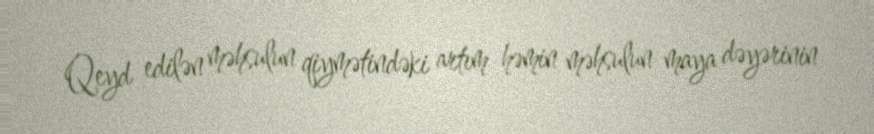
Qeyd edilən məhsulun qiymətindəki artım həmin məhsulun maya dəyərinin